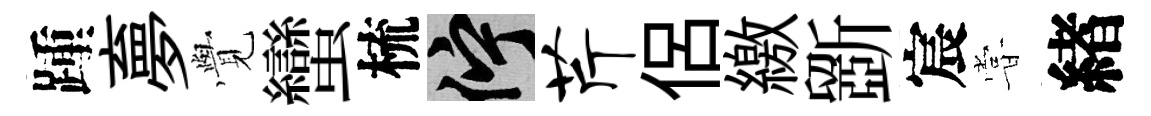
踵夣𮗜蠻梳伫芹侶繳斵宸甞緖